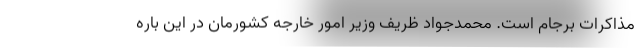
مذاکرات برجام است. محمدجواد ظریف وزیر امور خارجه کشورمان در این باره